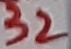
Text: 32